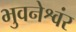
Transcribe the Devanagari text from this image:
भुवनेश्वंर